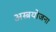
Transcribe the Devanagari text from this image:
अस्त्रयोजना